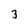
Character: 3